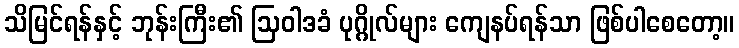
သိမြင်ရန်နှင့် ဘုန်းကြီး၏ ဩဝါဒခံ ပုဂ္ဂိုလ်များ ကျေနပ်ရန်သာ ဖြစ်ပါစေတော့။